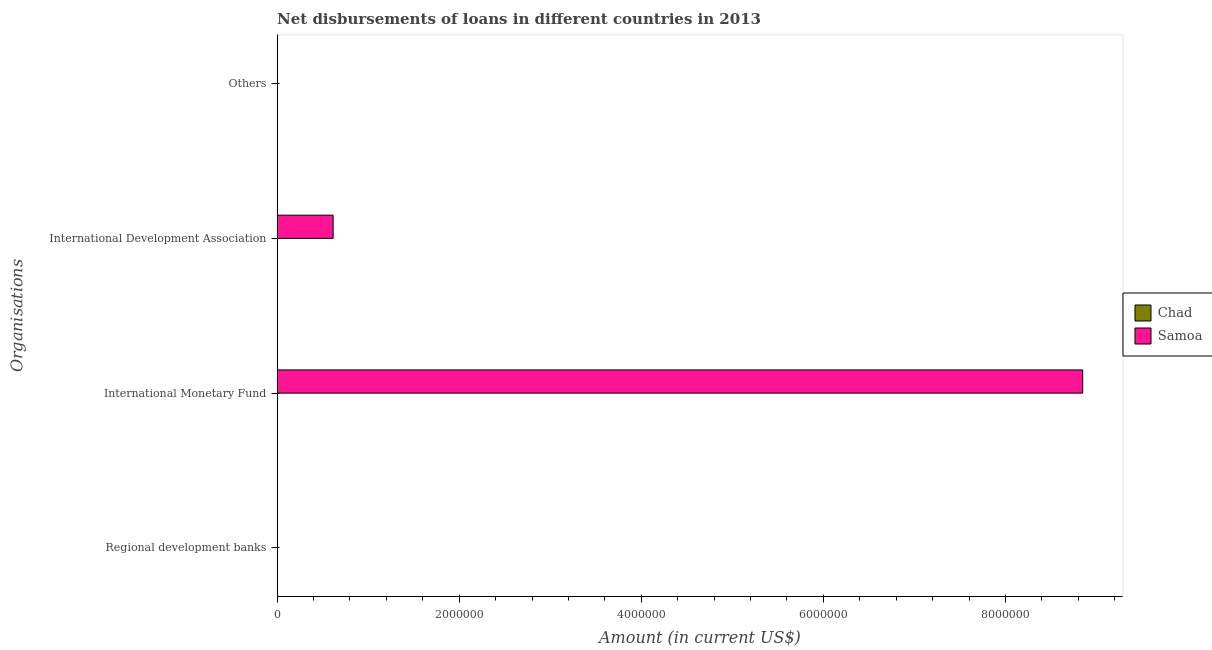
| Organisations | Chad | Samoa |
 | --- | --- | --- |
 | Regional development banks | -6.76e+06 | -5.91e+05 |
 | International Monetary Fund | -2.87e+06 | 8.85e+06 |
 | International Development Association | -2.08e+07 | 6.15e+05 |
 | Others | -2.63e+06 | -1.59e+05 |